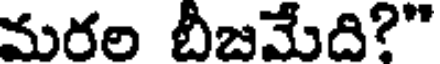
మరల బీజమేది?"